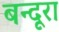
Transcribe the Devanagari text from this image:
बन्दूरा